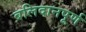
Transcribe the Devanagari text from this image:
बलिदानपूर्ण